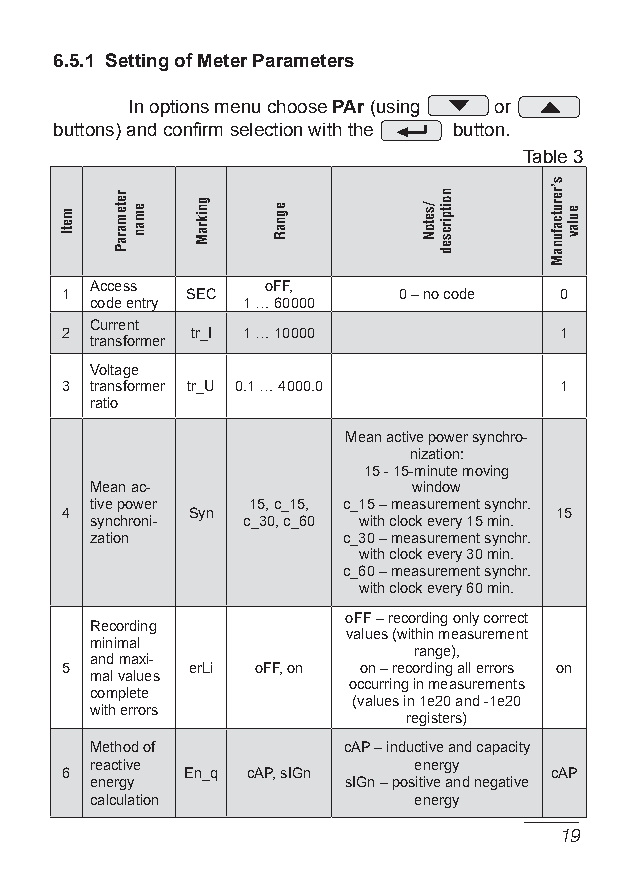
6.5.1 Setting of Meter Parameters
 In options menu choose PAr (using or
 buttons) and confirm selection with the button.
 Table 3
 Access      off,
 1       SeC           0 – no code 0
 code entry 1 … 60000
 Current
 2        tr_I 1 … 10000          1
 transformer
 Voltage
 3 transformer tr_u 0.1 … 4000.0  1
 ratio
 Mean active power synchro-
 nization:
 15 - 15-minute moving
 Mean ac-             window
 tive power 15, c_15, c_15 – measurement synchr.
 4       Syn                      15
 synchroni- c_30, c_60 with clock every 15 min.
 zation           c_30 – measurement synchr.
 with clock every 30 min.
 c_60 – measurement synchr.
 with clock every 60 min.
 off – recording only correct
 Recording
 values (within measurement
 minimal
 range),
 and maxi-
 5       erLi off, on on – recording all errors on
 mal values
 occurring in measurements
 complete
 (values in 1e20 and -1e20
 with errors
 registers)
 Method of        cAP – inductive and capacity
 reactive             energy
 6       en_q cAP, sIgn          cAP
 energy           sIgn – positive and negative
 calculation          energy
 1
 meti
 retemarap
 eman gnikram egnar /seton
 noitpircsed
 s’rerutcafunam
 eulav